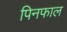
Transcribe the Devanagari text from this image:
पिनफाल